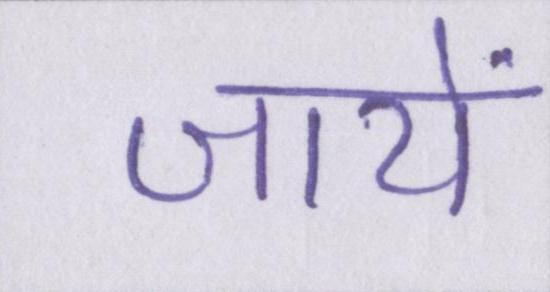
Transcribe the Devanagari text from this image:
जायें